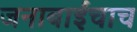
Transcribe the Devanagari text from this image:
जनाबाईंचाच